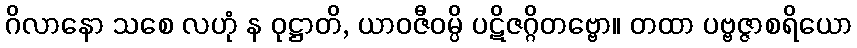
ဂိလာနော သစေ လဟုံ န ဝုဋ္ဌာတိ, ယာဝဇီဝမ္ပိ ပဋိဇဂ္ဂိတဗ္ဗော။ တထာ ပဗ္ဗဇ္ဇာစရိယော